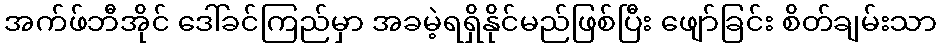
အက်ဖ်ဘီအိုင် ဒေါ်ခင်ကြည်မှာ အခမဲ့ရရှိနိုင်မည်ဖြစ်ပြီး ဖျော်ခြင်း စိတ်ချမ်းသာ